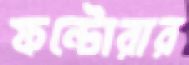
ফন্টোরার